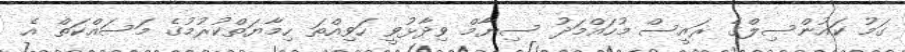
ގަމު ކައުންސިލްގެ ރައީސް މުހައްމަދު ސިޔާމް ވިދާޅުވީ ހަވިއްތަ ހިމާޔަތްކުރުމުގެ މަސައްކަތް އެ